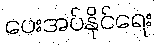
ပေးအပ်နိုင်ရေး